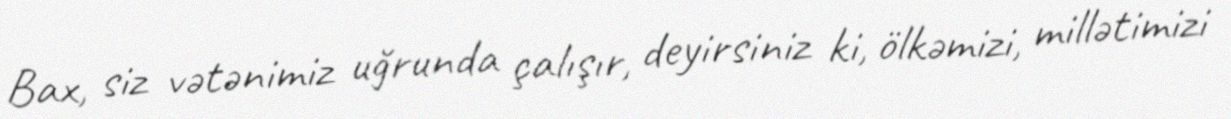
Bax, siz vətənimiz uğrunda çalışır, deyirsiniz ki, ölkəmizi, millətimizi